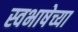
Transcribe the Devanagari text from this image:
स्वभाषेच्या